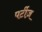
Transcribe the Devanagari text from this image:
पर्टीज़